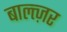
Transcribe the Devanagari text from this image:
बाल्त्ज़र